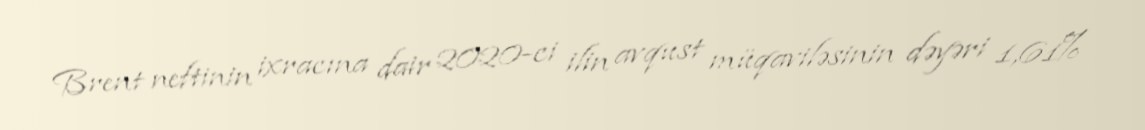
Brent neftinin ixracına dair 2020-ci ilin avqust müqaviləsinin dəyəri 1,61%